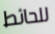
للحائط